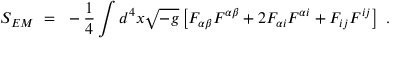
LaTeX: S _ { E M } ~ = ~ - { \frac { 1 } { 4 } } \int d ^ { 4 } x { \sqrt { - g } } \left[ F _ { \alpha \beta } F ^ { \alpha \beta } + 2 F _ { \alpha i } F ^ { \alpha i } + F _ { i j } F ^ { i j } \right] ~ .